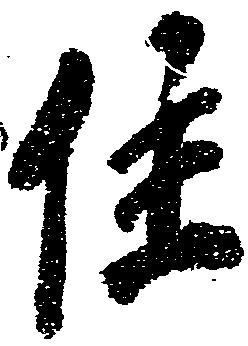
住